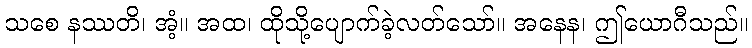
သစေ နဿတိ၊ အံ့။ အထ၊ ထိုသို့ပျောက်ခဲ့လတ်သော်။ အနေန၊ ဤယောဂီသည်။